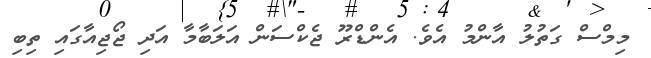
މިމްސް ގަތުލު އާންމު އެވެ. އެންޑްރޫ ޖެކްސަން އަލަބާމާ އަދި ޖޯޖިއާގައި ތިބި